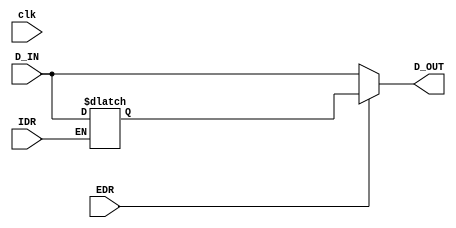
`timescale 1ns / 1ps
//////////////////////////////////////////////////////////////////////////////////
// Company: 
// Engineer: 
// 
// Design Name: 
// Module Name: DR
// Project Name: 
// Target Devices: 
// Tool Versions: 
// Description: 
// 
// Dependencies: 
// 
// Revision:
// Revision 0.01 - File Created
// Additional Comments:
// 
//////////////////////////////////////////////////////////////////////////////////
module DR(
input wire clk,
input wire IDR,
input wire EDR,
input wire [7:0]D_IN,
output wire [7:0]D_OUT
    );
 reg [7:0]data;
 //reg [7:0]data_out=8'h0;
 assign D_OUT=(EDR)?data:D_IN;
 always @(*)
 begin
 if(IDR)
 begin
 data=D_IN;
 end 
//  case({IDR,EDR})
//  2'b10:
//  begin data=D_IN; end
//  2'b01:
//  begin data_out=data; end
  //default begin data_out=0;
  end
endmodule